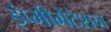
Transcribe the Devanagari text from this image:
इंप्मीमेंटेशन